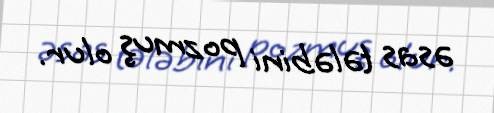
əsas tələbini pozmuş olur.